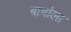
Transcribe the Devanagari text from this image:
बाबांला